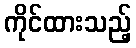
ကိုင်ထားသည့်